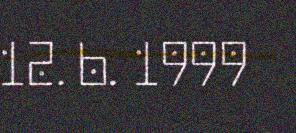
12. b. 1999